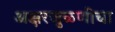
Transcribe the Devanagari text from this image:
अक्षरजुळणीचा